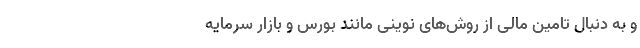
و به دنبال تامین مالی از روش‌های نوینی مانند بورس و بازار سرمایه